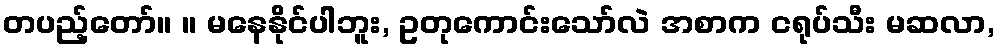
တပည့်တော်။ ။ မနေနိုင်ပါဘူး, ဥတုကောင်းသော်လဲ အစာက ငရုပ်သီး မဆလာ,